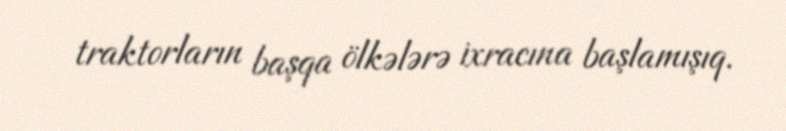
traktorların başqa ölkələrə ixracına başlamışıq.